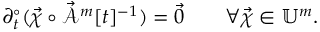
\partial _ { t } ^ { \circ } ( \vec { \chi } \circ \mathcal { \vec { A } } ^ { m } [ t ] ^ { - 1 } ) = \vec { 0 } \qquad \forall \vec { \chi } \in \mathbb { U } ^ { m } .